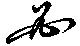
必